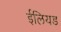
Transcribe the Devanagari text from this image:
ईलियड